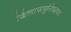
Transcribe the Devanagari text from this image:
खिलाफयूनिफायड